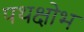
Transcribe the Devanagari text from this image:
पथक्षोभ